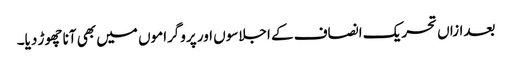
بعدازاں تحریک انصاف کے اجلاسوں اور پروگراموں میں بھی آنا چھوڑ دیا۔